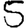
Digit: 5